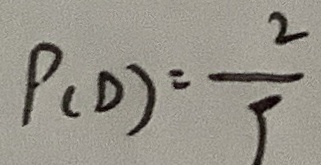
P ( D ) = \frac { 2 } { 9 }